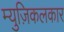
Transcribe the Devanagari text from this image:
म्युज़िकलकार